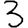
Digit: 3